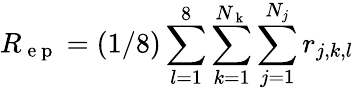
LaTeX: R_{\mathrm{~e~p~}}=(1/8)\sum_{l=1}^{8}\sum_{k=1}^{N_{\mathrm{~k~}}}\sum_{j=1}^{N_{j}}r_{j,k,l}